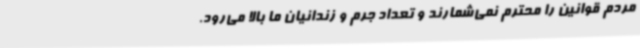
مردم قوانین را محترم نمی‌شمارند و تعداد جرم و زندانیان ما بالا می‌رود.